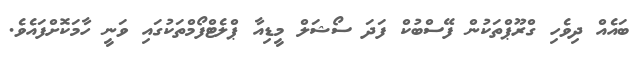
ބައެއް ދިވެހި ގްރޫޕްތަކުން ފޭސްބުކް ފަދަ ސޯޝަލް މީޑިއާ ޕްލެޓްފޯމްތަކުގައި ވަނީ ހާމަކޮށްފައެވެ.